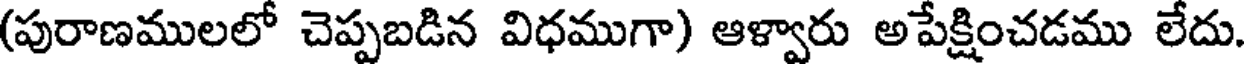
(పురాణములలో చెప్పబడిన విధముగా) ఆళ్వారు అపేక్షించడము లేదు.